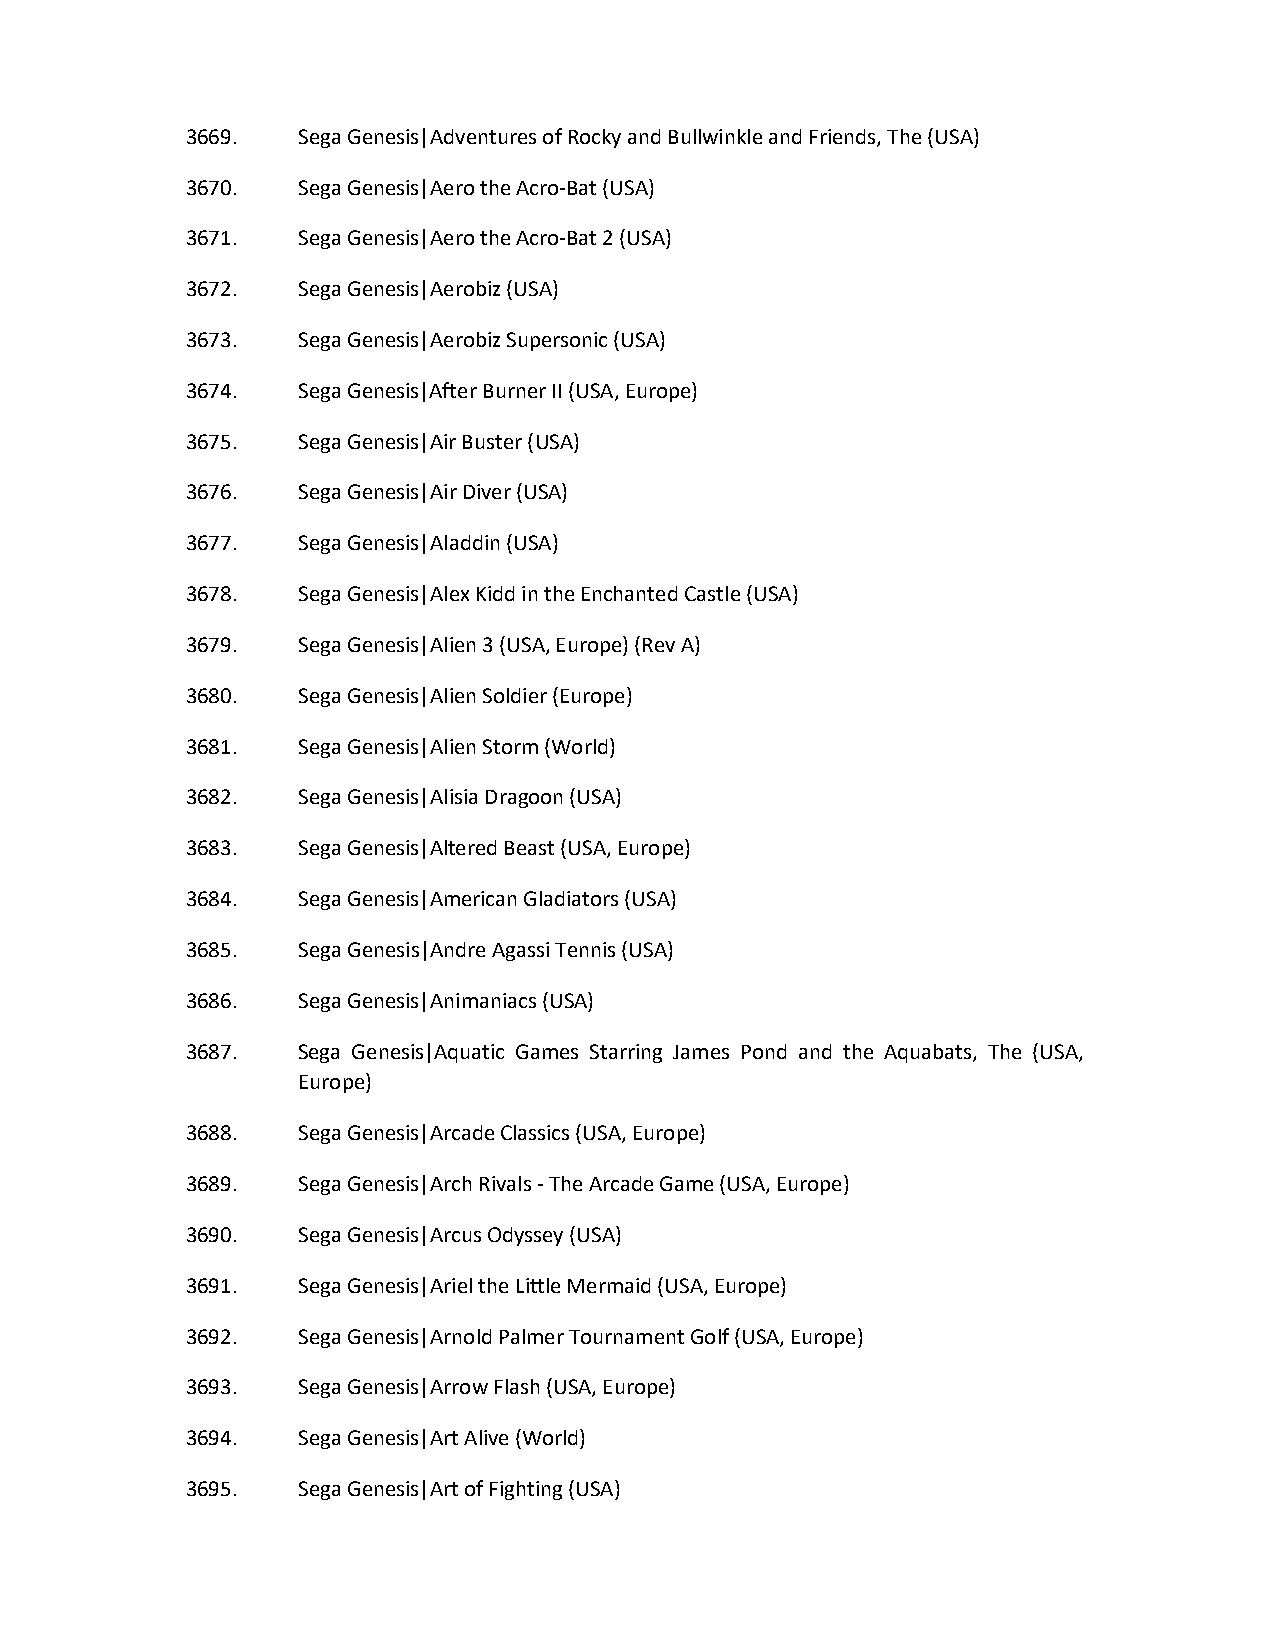
3669.   Sega Genesis|Adventures of Rocky and Bullwinkle and Friends, The (USA)
 3670.   Sega Genesis|Aero the Acro-Bat (USA)
 3671.   Sega Genesis|Aero the Acro-Bat 2 (USA)
 3672.   Sega Genesis|Aerobiz (USA)
 3673.   Sega Genesis|Aerobiz Supersonic (USA)
 3674.   Sega Genesis|After Burner II (USA, Europe)
 3675.   Sega Genesis|Air Buster (USA)
 3676.   Sega Genesis|Air Diver (USA)
 3677.   Sega Genesis|Aladdin (USA)
 3678.   Sega Genesis|Alex Kidd in the Enchanted Castle (USA)
 3679.   Sega Genesis|Alien 3 (USA, Europe) (Rev A)
 3680.   Sega Genesis|Alien Soldier (Europe)
 3681.   Sega Genesis|Alien Storm (World)
 3682.   Sega Genesis|Alisia Dragoon (USA)
 3683.   Sega Genesis|Altered Beast (USA, Europe)
 3684.   Sega Genesis|American Gladiators (USA)
 3685.   Sega Genesis|Andre Agassi Tennis (USA)
 3686.   Sega Genesis|Animaniacs (USA)
 3687.   Sega Genesis|Aquatic Games Starring James Pond and the Aquabats, The (USA,
 Europe)
 3688.   Sega Genesis|Arcade Classics (USA, Europe)
 3689.   Sega Genesis|Arch Rivals - The Arcade Game (USA, Europe)
 3690.   Sega Genesis|Arcus Odyssey (USA)
 3691.   Sega Genesis|Ariel the Little Mermaid (USA, Europe)
 3692.   Sega Genesis|Arnold Palmer Tournament Golf (USA, Europe)
 3693.   Sega Genesis|Arrow Flash (USA, Europe)
 3694.   Sega Genesis|Art Alive (World)
 3695.   Sega Genesis|Art of Fighting (USA)